Indian Civil Veterinary Department memoirs
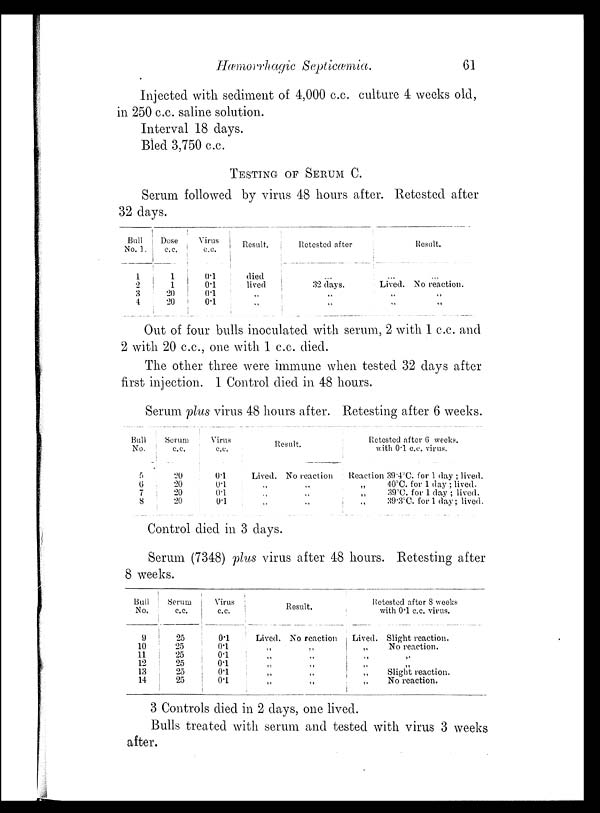
Hæmorrhagic Septicæmia.
61
Injected with sediment of 4,000 c.c. culture 4 weeks old,
in 250 c.c. saline solution.
Interval 18 days.
Bled 3,750 c.c.
TESTING OF SERUM C.
Serum followed by virus 48 hours after. Retested after
32 days.
Bull
No. 1.
1
2
3
4
Dose
c.c.
0.1
1
20
20
Virus
c.c.
0.1
0.1
0.1
0.1
Result.
died
lived
„
„
Retested after
...
32 days.
„
„
...
Lived.
„
„
Result.
...
No reaction.
„
„
Out of four bulls inoculated with serum, 2 with 1 c.c. and
2 with 20 c.c., one with 1 c.c. died.
The other three were immune when tested 32 days after
first injection. 1 Control died in 48 hours.
Serum plus virus 48 hours after. Retesting after 6 weeks.
Bull
No.
5
6
7
8
Serum
c.c.
20
20
20
20
Virus
c.c.
0.1
0.1
0.1
0.1
Result.
Lived. No reaction
„
„
„ „
„ „
Retested after 6 weeks.
with 0.l c.c. virus.
Reaction 39.4°C. for 1 day ; lived.
„ 40°C. for 1 day ; lived.
„ 39°C. for 1 day ; lived.
„
39.3°C. for 1 day; lived.
Control died in 3 days.
Serum (7348) plus virus after 48 hours. Retesting after
8 weeks.
Bull
No.
9
10
11
12
13
14
Serum
c.c.
25
25
25
25
25
25
Virus
c.c.
0.1
0.1
0.1
0.1
0.1
0.1
Lived.
„
„
„
„
„
Result.
No reaction
„
„
„
„
„
Retested after 8 weeks
with 0.1 c.c. virus.
Lived. Slight reaction.
„
No reaction.
„
„
„
„
„
Slight reaction.
„ No reaction.
3 Controls died in 2 days, one lived.
Bulls treated with serum and tested with virus 3 weeks
after.